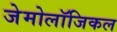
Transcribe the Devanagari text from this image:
जेमोलॉजिकल